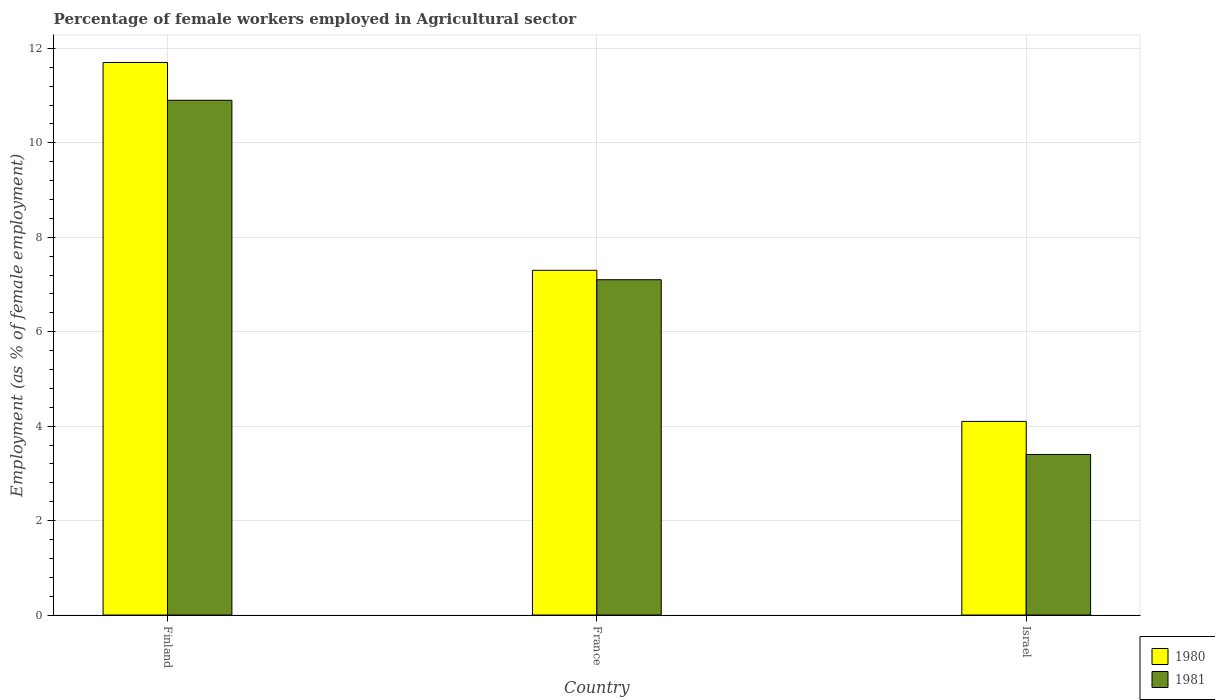
| Country | 1980 | 1981 |
 | --- | --- | --- |
 | Finland | 11.7 | 10.9 |
 | France | 7.3 | 7.1 |
 | Israel | 4.1 | 3.4 |